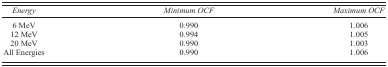
<table><thead><tr><td><b><i>Energy</i></b></td><td><b><i>Minimum OCF</i></b></td><td><b><i>Maximum OCF</i></b></td></tr></thead><tbody><tr><td>6 MeV</td><td>0.990</td><td>1.006</td></tr><tr><td>12 MeV</td><td>0.994</td><td>1.005</td></tr><tr><td>20 MeV</td><td>0.990</td><td>1.003</td></tr><tr><td>All Energies</td><td>0.990</td><td>1.006</td></tr></tbody></table>